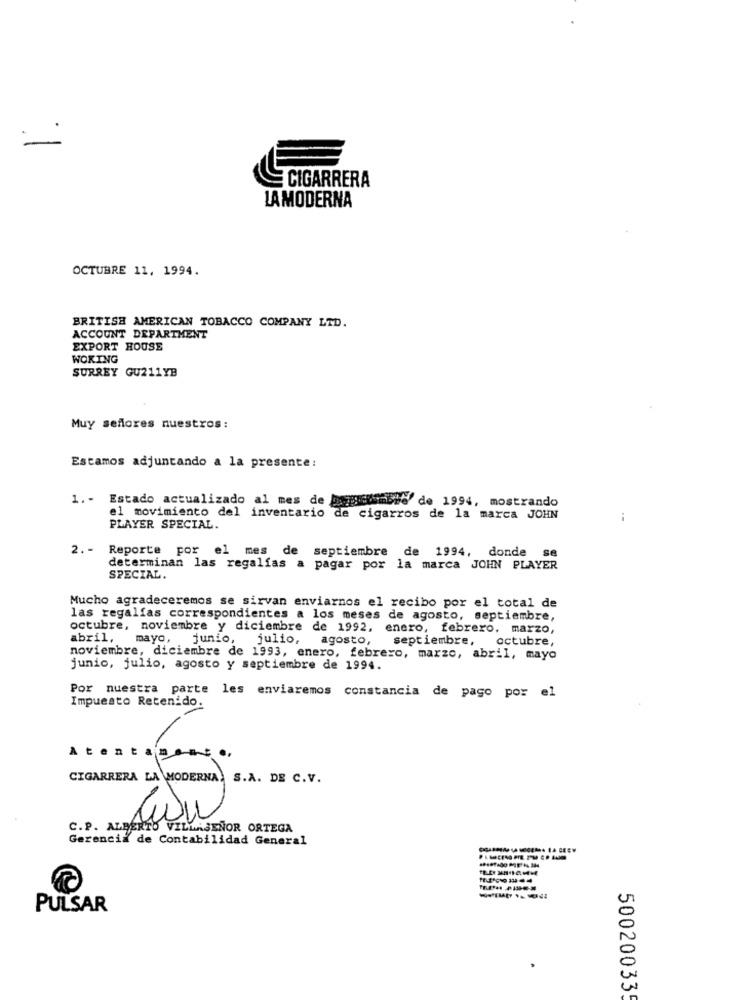
CIGARRERA
LAMODERNA
OCTUBRE 11, 1994.
BRITISH AMERICAN TOBACCO COMPANY LTD.
ACCOUNT DEPARTMENT
EXPORT HOUSE
WOKING
SURREY GU211YB
Muy señores nuestros:
Estamos adjuntando a la presente:
1. - Estado actualizado al mes de baggimimbre de 1994, mostrando
el movimiento del inventario de cigarros de la marca JOHN
PLAYER SPECIAL.
2. - Reporte por el mes de septiembre de 1994, donde se
determinan las regalías a pagar por la marca JOHN PLAYER
SPECIAL.
Mucho agradeceremos se sirvan enviarnos el recibo por el total de
las regalías correspondientes a los meses de agosto, septiembre,
octubre, noviembre y diciembre de 1992, enero, febrero, marzo,
abril, mayo, junio, julio, agosto,
septiembre,
octubre,
noviembre, diciembre de 1993, enero, febrero, marzo, abril, mayo
junio, julio, agosto y septiembre de 1994.
Por nuestra parte les enviaremos constancia de pago por el
Impuesto Retenido
Atentamente,
C.P. ALBERTO VILLASEÑOR ORTEGA
Gerencia de Contabilidad General
14 CEEW
PULSAR
50020033